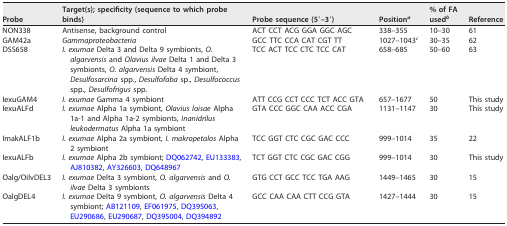
| Probe | Target(s); specificity (sequence to which probe binds) | Probe sequence (5′–3′) | Positiona | % of FA usedb | Reference |
 | --- | --- | --- | --- | --- | --- |
 | NON338 | Antisense, background control | ACT CCT ACG GGA GGC AGC | 338–355 | 10–30 | 61 |
 | GAM42a | Gammaproteobacteria | GCC TTC CCA CAT CGT TT | 1027–1043c | 30–35 | 62 |
 | DSS658 | I. exumae Delta 3 and Delta 9 symbionts, O. algarvensis and Olavius ilvae Delta 1 and Delta 3 symbionts, O. algarvensis Delta 4 symbiont, Desulfosarcina spp., Desulfofaba sp., Desulfococcus spp., Desulfofrigus spp. | TCC ACT TCC CTC TCC CAT | 658–685 | 50–60 | 63 |
 | IexuGAM4 | I. exumae Gamma 4 symbiont | ATT CCG CCT CCC TCT ACC GTA | 657–1677 | 50 | This study |
 | IexuALFd | I. exumae Alpha 1a symbiont, Olavius loisae Alpha 1a-1 and Alpha 1a-2 symbionts, Inanidrilus leukodermatus Alpha 1a symbiont | GTA CCC GGC CAA ACC CGA | 1131–1147 | 30 | This study |
 | ImakALF1b | I. exumae Alpha 2a symbiont, I. makropetalos Alpha 2 symbiont | TCC GGT CTC CGC GAC CCC | 999–1014 | 35 | 22 |
 | IexuALFb | I. exumae Alpha 2b symbiont; DQ062742, EU133383, AJ810382, AY326603, DQ648967 | TCT GGT CTC CGC GAC CGG | 999–1014 | 30 | This study |
 | Oalg/OilvDEL3 | I. exumae Delta 3 symbiont, O. algarvensis and O. ilvae Delta 3 symbionts | GTG CCT GCC TCC TGA AAG | 1449–1465 | 30 | 15 |
 | OalgDEL4 | I. exumae Delta 9 symbiont, O. algarvensis Delta 4 symbiont; AB121109, EF061975, DQ395063, EU290686, EU290687, DQ395004, DQ394892 | GCC CAA CAA CTT CCG GTA | 1427–1444 | 30 | 15 |